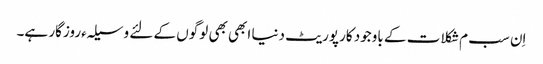
اِن سب م شکلات کے باوجود کارپوریٹ دنیا ابھی بھی لوگوں کے لئے وسیلہءروزگار ہے۔